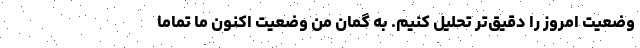
وضعیت امروز را دقیق‌تر تحلیل کنیم. به گمان من وضعیت اکنون ما تماما